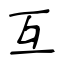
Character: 互